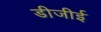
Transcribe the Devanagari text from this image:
डीजीई